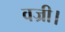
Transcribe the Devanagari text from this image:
वज्री।